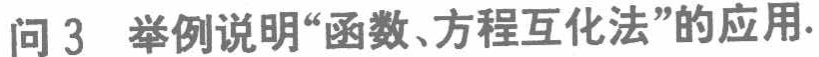
问 3 举例说明“函数、方程互化法”的应用.